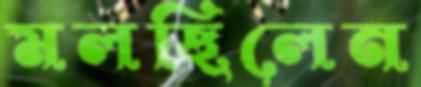
মলছিলেন